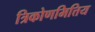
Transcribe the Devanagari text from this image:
त्रिकोणमित्तिय